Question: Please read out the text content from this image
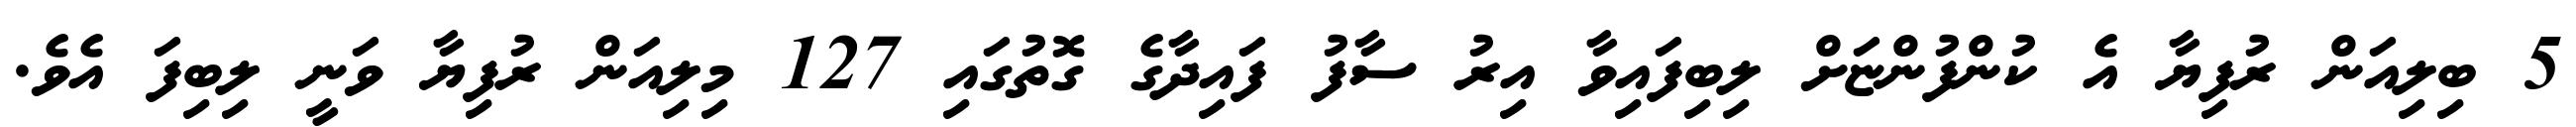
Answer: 5 ބިލިއަން ރުފިޔާ އެ ކުންފުންޏަށް ލިބިފައިވާ އިރު ސާފު ފައިދާގެ ގޮތުގައި 127 މިލިއަން ރުފިޔާ ވަނީ ލިބިފަ އެވެ.